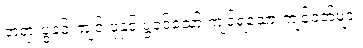
တရားပွဲခင်းကျင်းပုံနှင့် ပွဲဝင်သော် ကျင့်ရသော ကျင့်ဝတ်များ